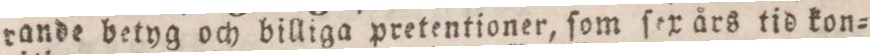
rande betyg och billiga pretentioner, ſom ſex års tid kon=